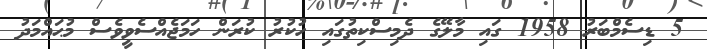
5 ޑިސެމްބަރު 1958 ގައި މާލޭގެ ދެމިސްކިތުގައި ހުކުރު ކުރަން ހަމަޖެއްސެވީވެސް މުޙައްމަދު